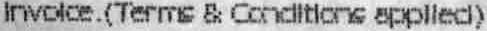
INVOICE.(TERMS & CONDITIONS APPLIED)